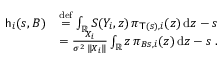
\begin{array} { r l } { \mathsf { h } _ { i } ( s , B ) } & { \ensuremath { \stackrel { \mathrm { d e f } } { = } } \int _ { \mathbb R } S ( Y _ { i } , z ) \, \pi _ { \mathsf { T } ( s ) , i } ( z ) \, \mathrm { d } z - s } \\ & { = \frac { X _ { i } } { \sigma ^ { 2 } \, \| X _ { i } \| } \int _ { \mathbb R } z \, \pi _ { B s , i } ( z ) \, \mathrm { d } z - s \; . } \end{array}